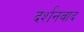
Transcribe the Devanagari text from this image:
दर्शनवाद